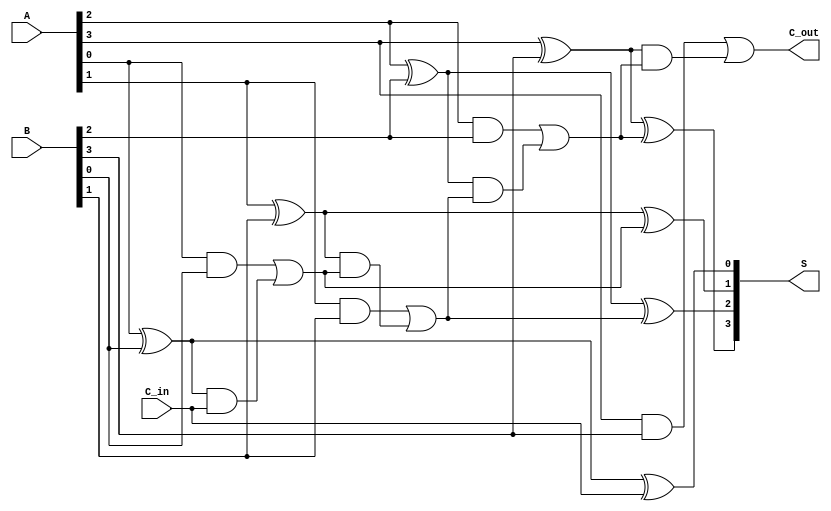
module ParallelFullAdder #(parameter n = 4) (
    input  wire [n-1:0] A,      // n-bit input A
    input  wire [n-1:0] B,      // n-bit input B
    input  wire C_in,           // Carry-in for the LSB
    output wire [n-1:0] S,      // n-bit sum output
    output wire C_out           // Carry-out from the MSB
);

    wire [n:0] C; // Carry array, C[0] is C_in, C[n] is C_out

    assign C[0] = C_in; // Initialize the first carry input

    genvar i;
    generate
        for (i = 0; i < n; i = i + 1) begin : full_adder
            // Sum calculation
            assign S[i] = A[i] ^ B[i] ^ C[i];

            // Carry calculation
            assign C[i + 1] = (A[i] & B[i]) | ((A[i] ^ B[i]) & C[i]);
        end
    endgenerate

    assign C_out = C[n]; // Final carry-out

endmodule